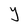
Character: Y